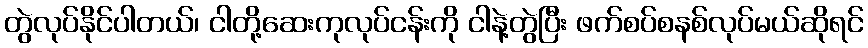
တွဲလုပ်နိုင်ပါတယ်၊ ငါတို့ဆေးကုလုပ်ငန်းကို ငါနဲ့တွဲပြီး ဖက်စပ်စနစ်လုပ်မယ်ဆိုရင်